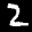
Label: 2